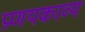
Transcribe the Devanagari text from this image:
प्रणयकाव्य